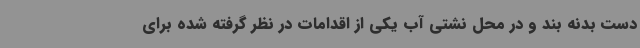
دست بدنه بند و در محل نشتی آب یکی از اقدامات در نظر گرفته شده برای